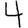
Digit: 4